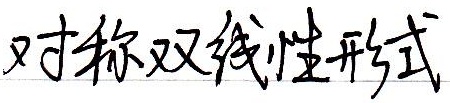
对称双线性形式